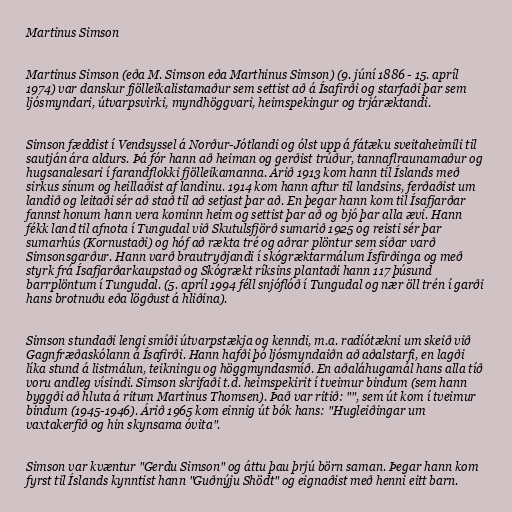
Martinus Simson

Martinus Simson (eða M. Simson eða Marthinus Simson) (9. júní 1886 - 15. apríl
1974) var danskur fjölleikalistamaður sem settist að á Ísafirði og starfaði þar sem
ljósmyndari, útvarpsvirki, myndhöggvari, heimspekingur og trjáræktandi.

Simson fæddist í Vendsyssel á Norður-Jótlandi og ólst upp á fátæku sveitaheimili til
sautján ára aldurs. Þá fór hann að heiman og gerðist trúður, tannaflraunamaður og
hugsanalesari í farandflokki fjölleikamanna. Árið 1913 kom hann til Íslands með
sirkus sínum og heillaðist af landinu. 1914 kom hann aftur til landsins, ferðaðist um
landið og leitaði sér að stað til að setjast þar að. En þegar hann kom til Ísafjarðar
fannst honum hann vera kominn heim og settist þar að og bjó þar alla ævi. Hann
fékk land til afnota í Tungudal við Skutulsfjörð sumarið 1925 og reisti sér þar
sumarhús (Kornustaði) og hóf að rækta tré og aðrar plöntur sem síðar varð
Simsonsgarður. Hann varð brautryðjandi í skógræktarmálum Ísfirðinga og með
styrk frá Ísafjarðarkaupstað og Skógrækt ríksins plantaði hann 117 þúsund
barrplöntum í Tungudal. (5. apríl 1994 féll snjóflóð í Tungudal og nær öll trén í garði
hans brotnuðu eða lögðust á hliðina).

Simson stundaði lengi smíði útvarpstækja og kenndi, m.a. radíótækni um skeið við
Gagnfræðaskólann á Ísafirði. Hann hafði þó ljósmyndaiðn að aðalstarfi, en lagði
líka stund á listmálun, teikningu og höggmyndasmíð. En aðaláhugamál hans alla tíð
voru andleg vísindi. Simson skrifaði t.d. heimspekirit í tveimur bindum (sem hann
byggði að hluta á ritum Martinus Thomsen). Það var ritið: "", sem út kom í tveimur
bindum (1945-1946). Árið 1965 kom einnig út bók hans: "Hugleiðingar um
vaxtakerfið og hin skynsama óvita".

Simson var kvæntur "Gerdu Simson" og áttu þau þrjú börn saman. Þegar hann kom
fyrst til Íslands kynntist hann "Guðnýju Shödt" og eignaðist með henni eitt barn.